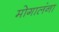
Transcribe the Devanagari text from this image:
मोगालंना